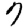
Digit: 7